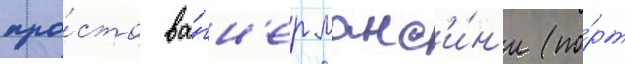
про́сто ва́гн'ер манс'и́н'и (по́рт